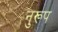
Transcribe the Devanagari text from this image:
नुरूप